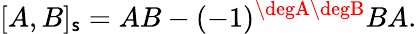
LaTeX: [A,B]_{\mathsf{s}}=AB-(-1)^{\degA\degB}BA.